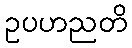
ဥပဟညတိ